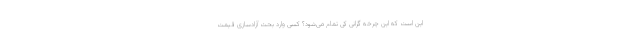
این است که این چرخه گرانی کی تمام می‌شود؟ کسی وارد بحث آزادسازی قیمت